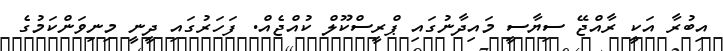
އިބުރާ އަކީ ރާއްޖޭ ސިޔާސީ މައިދާނުގައި ޕްރީސްކޫލް ކުއްޖެއް. ފަހަރުގައި ދީނީ މިނިވަންކަމުގެ